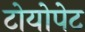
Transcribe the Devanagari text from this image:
टोयोपेट